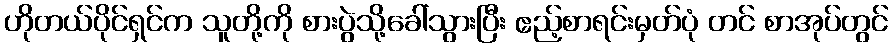
ဟိုတယ်ပိုင်ရှင်က သူတို့ကို စားပွဲသို့ခေါ်သွားပြီး ဧည့်စာရင်းမှတ်ပုံ တင် စာအုပ်တွင်